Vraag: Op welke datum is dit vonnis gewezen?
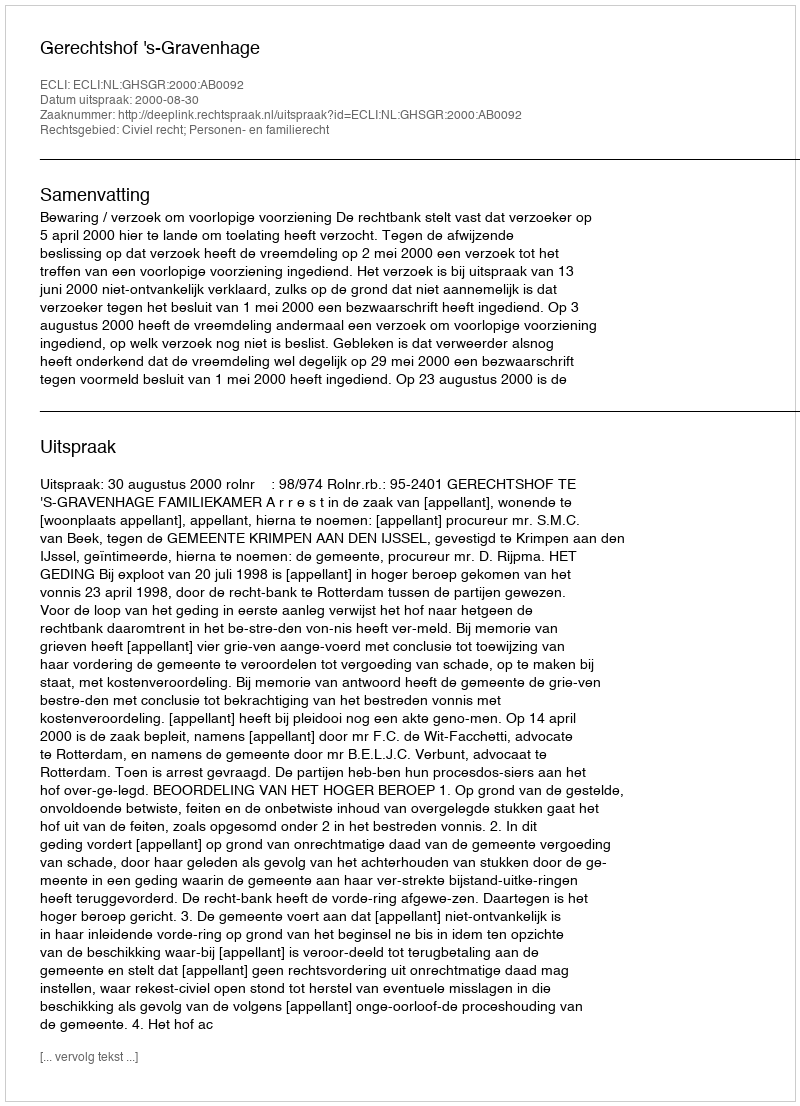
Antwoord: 2000-08-30